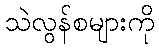
သဲလွန်စများကို